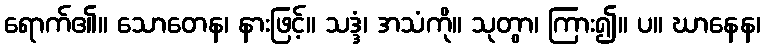
ရောက်၏။ သောတေန၊ နားဖြင့်။ သဒ္ဒံ၊ အသံကို။ သုတွာ၊ ကြား၍။ ပ။ ဃာနေန၊